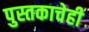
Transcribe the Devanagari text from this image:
पुस्तकाचेही